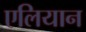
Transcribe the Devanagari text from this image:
एलियान